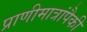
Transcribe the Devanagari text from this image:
प्राणीमात्रांपैकी